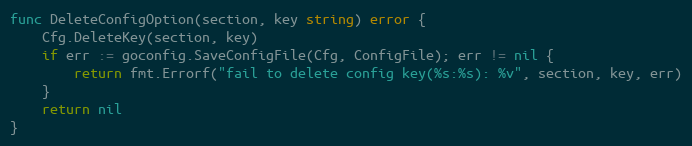
Language: Go
func DeleteConfigOption(section, key string) error {
	Cfg.DeleteKey(section, key)
	if err := goconfig.SaveConfigFile(Cfg, ConfigFile); err != nil {
		return fmt.Errorf("fail to delete config key(%s:%s): %v", section, key, err)
	}
	return nil
}